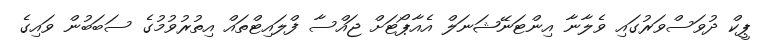
ޕީކް ދުވަސްވަރުގައި ވެލާނާ އިންޓަނޭޝަނަލް އެއާޕޯޓަށް ޖައްސާ ފްލައިޓްތައް އިތުރުވުމުގެ ސަބަބުން ވައިގެ